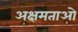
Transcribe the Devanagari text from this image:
अक्षमताओ